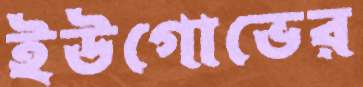
ইউগোভের